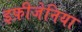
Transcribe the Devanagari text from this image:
इफ़ीजेनिया